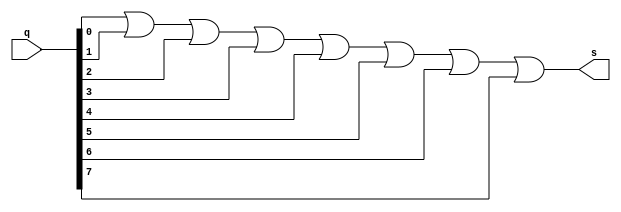
// ---------------------------------
// ------- Exercicio 12 - EXTRA -----
// Ana Carolina Conceio de Jesus
// ---------------------------------

// ---------------------------------
// --------- Extra -------------
// ---------------------------------

module um(output s,input [7:0] q);
 assign s = (q[0]|q[1]|q[2]|q[3]|q[4]|q[5]|q[6]|q[7]); 
endmodule

//----------------------------------
//---------- Test Um --------
//----------------------------------

module testum;
//------------------ dados locais
reg [7:0] a;

wire s;

//------------ instancia
um UM(s,a);

initial begin:start
	a =8'b0000_0000;
end

//------- parte principal
initial begin: main
	$display("Exercicio 12 - Ana Carolina - 449517");
	$display("Test Zero");
	$display("\np  =  s\n");
	
	$monitor("%b  =  %b", a, s); 
#1		a=8'b0000_0001;
#1		a=8'b0000_0010;
#1		a=8'b0000_0011;
#1		a=8'b0000_0100;
#1		a=8'b0000_0101;
#1		a=8'b0000_0110;
#1		a=8'b0000_0111;
#1		a=8'b0000_1000;
#1		a=8'b0000_1001;
#1		a=8'b0000_1010;
#1		a=8'b0000_1011;
#1		a=8'b0000_1100;
#1		a=8'b0000_1101;
#1		a=8'b0000_1110;
#1		a=8'b1111_1111;
 
end 

endmodule